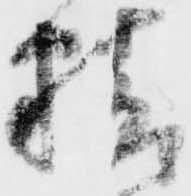
精